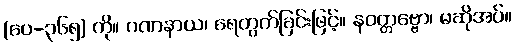
(ပေ-၃၆၅) ကို။ ဂဏနာယ၊ ရေတွက်ခြင်းဖြင့်။ နဝတ္တဗ္ဗော၊ မဆိုအပ်။